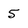
Character: 5